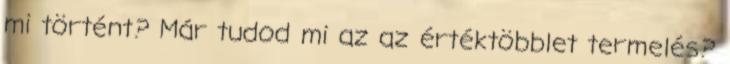
mi történt? Már tudod mi az az értéktöbblet termelés?